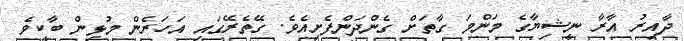
ދާއިރު އާރާ ނީޝިޔާގެ މަންމަ ގާތަށް ގެންދަންފެށިއެވެ. ގޭތެރޭގައި އަހަރެން މުޅިން ބާކީވެ